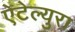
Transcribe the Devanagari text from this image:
ऐटेल्युरा